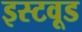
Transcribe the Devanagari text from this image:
इस्टवूड